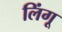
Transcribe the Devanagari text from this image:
लिंगू